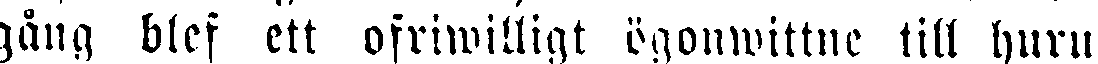
gång blef ett ofriwilligt ögonwittne till huru